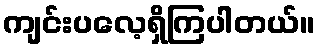
ကျင်းပလေ့ရှိကြပါတယ်။